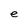
Character: e